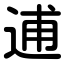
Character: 逋